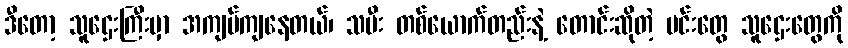
ဒီတော့ သူဌေးကြီးမှာ အကျပ်ကျနေတယ်၊ သမီး တစ်ယောက်တည်းနဲ့ တောင်းဆိုတဲ့ မင်းတွေ သူဌေးတွေကို